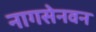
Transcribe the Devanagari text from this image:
नागसेनवन